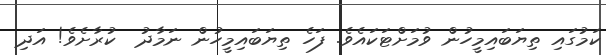
ކަމުގައި ތިޔަބައިމީހުން ވުމަށްޓަކައެވެ. ފަހެ ތިޔަބައިމީހުން ނަމާދު  ކުރާށެވެ! އަދި